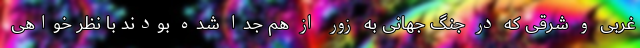
غربی و شرقی که در جنگ جهانی به زور از هم جدا شده بودند با نظر خواهی